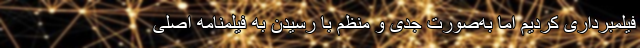
فیلمبرداری کردیم اما به‌صورت جدی و منظم با رسیدن به فیلمنامه اصلی